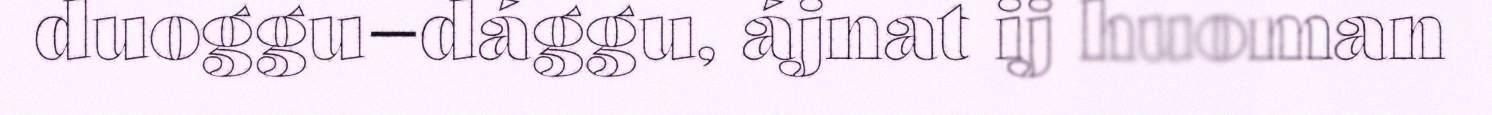
duoggu–dággu, ájnat ij huoman